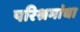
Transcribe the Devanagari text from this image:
परिश्रमांचा